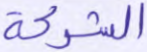
الشركة